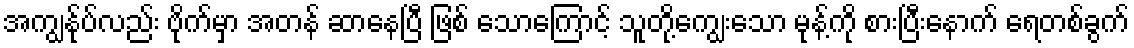
အကျွန်ုပ်လည်း ဗိုက်မှာ အတန် ဆာနေပြီ ဖြစ် သောကြောင့် သူတို့ကျွေးသော မုန့်ကို စားပြီးနောက် ရေတစ်ခွက်